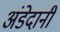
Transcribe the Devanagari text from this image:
अंडेदानी